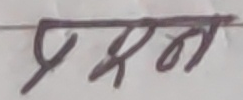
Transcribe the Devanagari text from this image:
प्रयोग